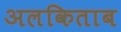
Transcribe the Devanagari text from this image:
अलकिताब